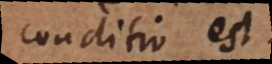
conditio est.